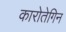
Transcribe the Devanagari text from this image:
कारोतेगिन